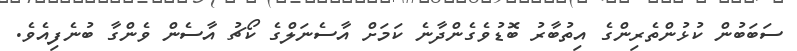
ސަބަބުން ކުޅުންތެރިންގެ އިތުބާރު ބޮޑުވެގެންދާނެ ކަމަށް އާސެނަލްގެ ކޯޗު އާސެން ވެންގާ ބުނެފިއެވެ.